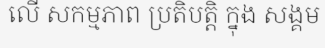
លើ សកម្មភាព ប្រតិបត្តិ ក្នុង សង្គម